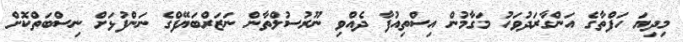
މިދިޔަ ހަފްތާގެ އަންގާރަދުވަހު މަގާމުން އިސްތިއުފާ ދެއްވި ނޫރުސުލްތާން ނަޒަރްބަޔޭފްގެ ނަންފުޅަށް ނިސްބަތްކޮށް